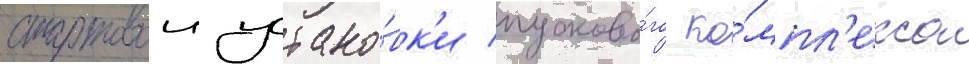
стартовои устано́вк'и пусково́го ко́мпл'екса